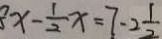
x - \frac { 1 } { 2 } x = 7 - 2 \frac { 1 } { 2 }